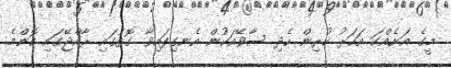
މީގެ އަށެއްކަ އަހަރު ކުރިން ހެދި ސާވޭއަކުން އެނގިފައިވާ ގޮތުގައި ރާއްޖޭގައި ކޮންމެ